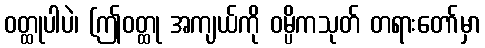
ဝတ္ထုပါပဲ၊ (ဤဝတ္ထု အကျယ်ကို ဝမ္ပိကသုတ် တရားတော်မှာ